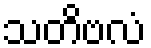
သတိဗလံ